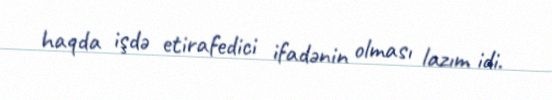
haqda işdə etirafedici ifadənin olması lazım idi.